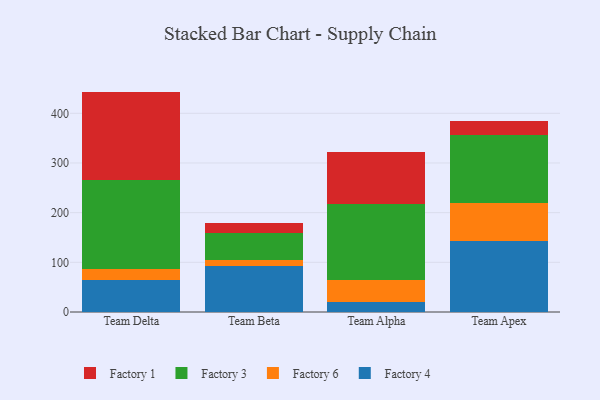
{"axis": {"x": "Team", "y": "Backlog"}, "legend": ["Factory 1", "Factory 3", "Factory 4", "Factory 6"], "data": [{"x": "Team Delta", "y": 64.8, "type": "Factory 4"}, {"x": "Team Delta", "y": 22.6, "type": "Factory 6"}, {"x": "Team Delta", "y": 178.0, "type": "Factory 3"}, {"x": "Team Delta", "y": 178.3, "type": "Factory 1"}, {"x": "Team Beta", "y": 93.5, "type": "Factory 4"}, {"x": "Team Beta", "y": 11.1, "type": "Factory 6"}, {"x": "Team Beta", "y": 54.6, "type": "Factory 3"}, {"x": "Team Beta", "y": 19.9, "type": "Factory 1"}, {"x": "Team Alpha", "y": 20.4, "type": "Factory 4"}, {"x": "Team Alpha", "y": 44.0, "type": "Factory 6"}, {"x": "Team Alpha", "y": 152.9, "type": "Factory 3"}, {"x": "Team Alpha", "y": 104.4, "type": "Factory 1"}, {"x": "Team Apex", "y": 143.2, "type": "Factory 4"}, {"x": "Team Apex", "y": 77.2, "type": "Factory 6"}, {"x": "Team Apex", "y": 135.4, "type": "Factory 3"}, {"x": "Team Apex", "y": 29.3, "type": "Factory 1"}]}